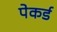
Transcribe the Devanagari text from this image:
पेकर्ड